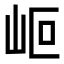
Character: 𡶅